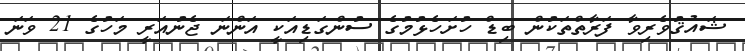
ޝައުޤުވެރިވާ ފަރާތްތަކުން ބިޑް ހުށަހެޅުމުގެ ސުންގަޑިއަކީ އަންނަ ޖެނުއަރީ މަހުގެ 21 ވަނަ